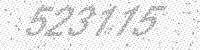
Solution: 523115